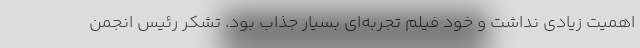
اهمیت زیادی نداشت و خود فیلم تجربه‌ای بسیار جذاب بود. تشکر رئیس انجمن